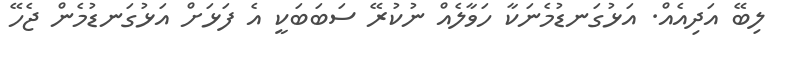
ލިބޭ އަދިއެއް. އަޅުގަނޑުމެނަކާ ހަވާލެއް ނުކުރޭ ސަބަބަކީ އެ ފަޅަށް އަޅުގަނޑުމެން ޖެހޭ